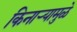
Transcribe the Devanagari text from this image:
किनार्‍यामुळे